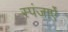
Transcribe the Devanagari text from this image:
स्पंजाऐं